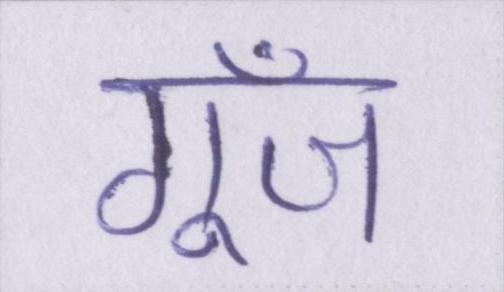
गूँज